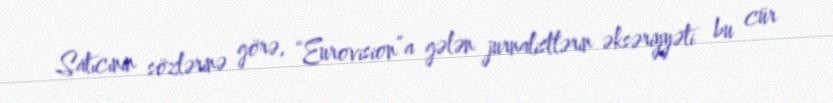
Satıcının sözlərinə görə, “Eurovision”a gələn jurnalistlərin əksəriyyəti bu cür